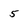
Character: 5